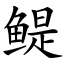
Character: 鳀